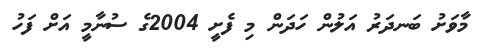
މާވަށު ބަނދަރު އަލުން ހަދަން މި ފެށީ 2004ގެ ސުނާމީ އަށް ފަހު